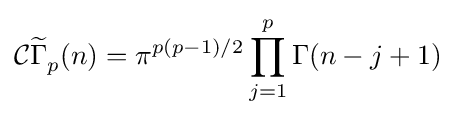
{\mathcal {C}}{\widetilde {\Gamma }}_{p}^{}(n)=\pi ^{p(p-1)/2}\prod _{j=1}^{p}\Gamma (n-j+1)